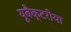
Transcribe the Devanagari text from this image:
यूबैक्टरीया